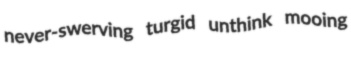
never-swerving turgid unthink mooing